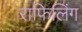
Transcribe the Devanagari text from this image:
राफिलिंग